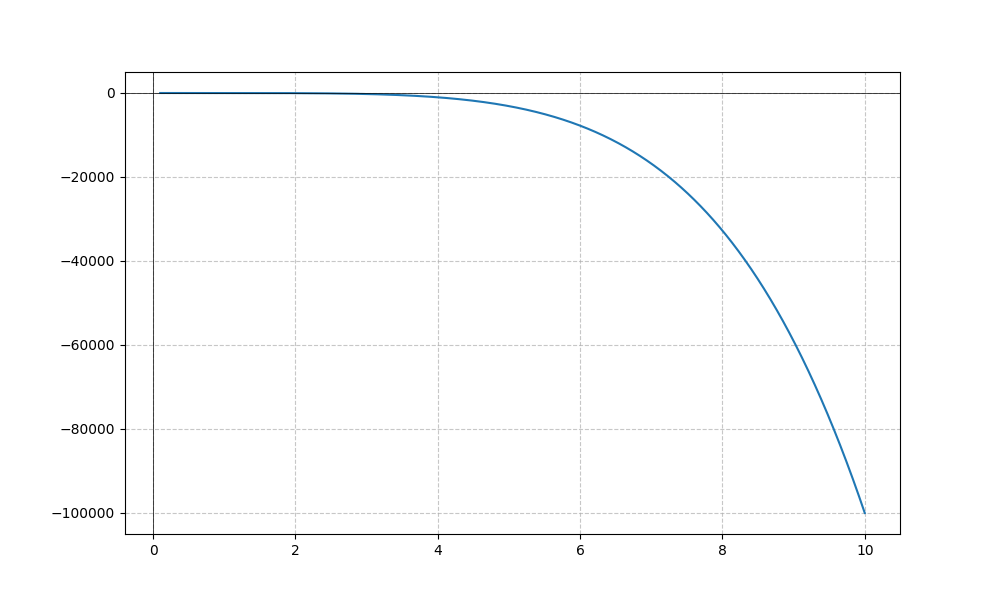
LaTeX formula: - x^{5}